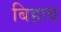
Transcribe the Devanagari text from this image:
बिहाव